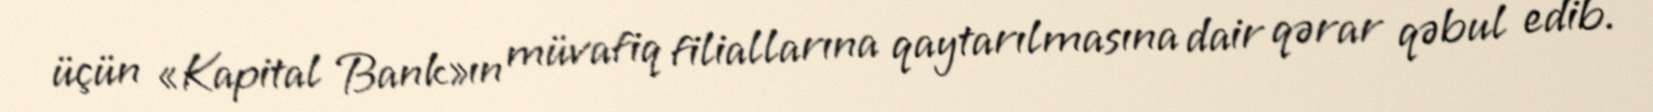
üçün «Kapital Bank»ın müvafiq filiallarına qaytarılmasına dair qərar qəbul edib.